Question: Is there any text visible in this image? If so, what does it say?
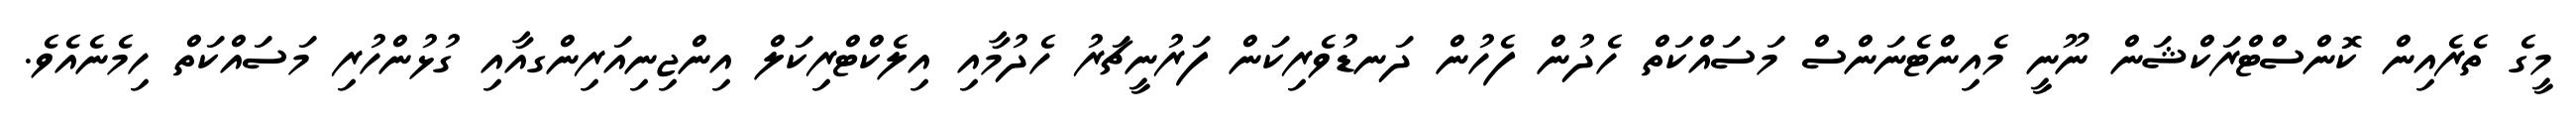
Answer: މީގެ ތެރެއިން ކޮންސްޓްރަކްޝަން ނޫނީ މެއިންޓެނަންސް މަސައްކަތް ހެދުން ފެހުން ދަނޑުވެރިކަން ފަރުނީޗަރު ހެދުމާއި އިލެކްޓްރިކަލް އިންޖިނިއަރިންގއާއި ގުޅުންހުރި މަސައްކަތް ހިމެނެއެވެ.